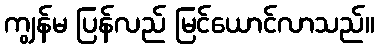
ကျွန်မ ပြန်လည် မြင်ယောင်လာသည်။